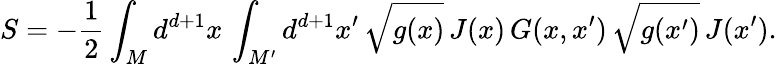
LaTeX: S=-\frac{1}{2}\int_{M}d^{d+1}x\, \int_{M^{\prime}}d^{d+1}x^{\prime}\, \sqrt{g(x)}\, J(x)\, G(x,x^{\prime})\, \sqrt{g(x^{\prime})}\, J(x^{\prime}).